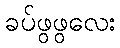
ခပ်ဖွဖွလေး